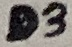
Text: D3